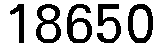
18650